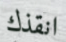
انقذك